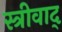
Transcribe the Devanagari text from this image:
स्त्रीवाद्